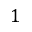
1